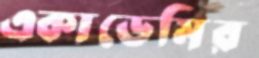
একাডেমির